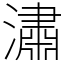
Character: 潚